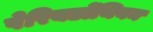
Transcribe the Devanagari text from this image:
पेरियडोंथियम